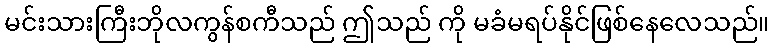
မင်းသားကြီးဘိုလကွန်စကီသည် ဤသည် ကို မခံမရပ်နိုင်ဖြစ်နေလေသည်။